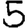
Digit: 5